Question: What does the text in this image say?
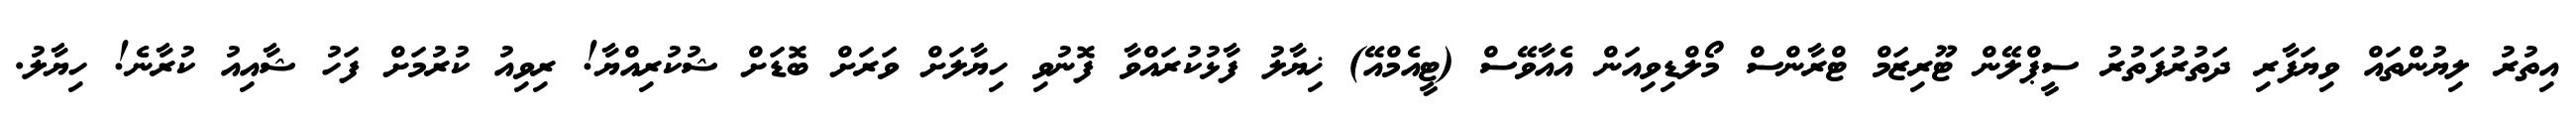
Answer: އިތުރު ލިޔުންތައް ވިޔަފާރި ދަތުރުފަތުރު ސީޕްލޭން ޓޫރިޒަމް ޓްރާންސް މޯލްޑިވިއަން އެއާވޭސް (ޓީއެމްއޭ) ޚިޔާލު ފާޅުކުރައްވާ ފޮނުވި ހިޔާލަށް ވަރަށް ބޮޑަށް ޝުކުރިއްޔާ! ރިވިއު ކުރުމަށް ފަހު ޝާއިއު ކުރާނެ! ހިޔާލު.